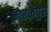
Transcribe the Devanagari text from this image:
खरकपुर